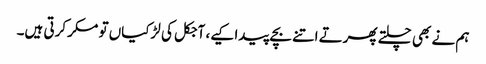
ہم نے بھی چلتے پھرتے اتنے بچے پیدا کیے، آجکل کی لڑکیاں تو مکر کرتی ہیں۔